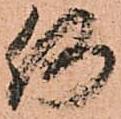
何